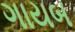
ગાયબ